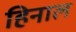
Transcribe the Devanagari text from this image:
हिनाल